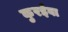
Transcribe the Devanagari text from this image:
कुरईवा